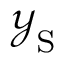
\ensuremath { \mathcal { Y } _ { \mathrm { { S } } } }